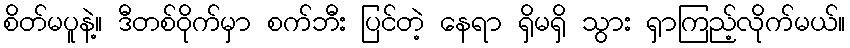
စိတ်မပူနဲ့။ ဒီတစ်ဝိုက်မှာ စက်ဘီး ပြင်တဲ့ နေရာ ရှိမရှိ သွား ရှာကြည့်လိုက်မယ်။